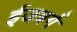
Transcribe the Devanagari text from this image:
ईजबर्ग